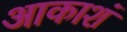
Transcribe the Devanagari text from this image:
आकाशं